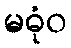
မဓုံဝ